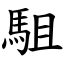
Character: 駔